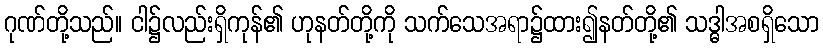
ဂုဏ်တို့သည်။ ငါ၌လည်းရှိကုန်၏ ဟုနတ်တို့ကို သက်သေအရာ၌ထား၍နတ်တို့၏ သဒ္ဓါအစရှိသော